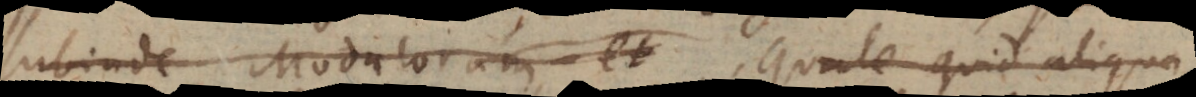
subinde Modulorum, et quale quid aliqua